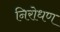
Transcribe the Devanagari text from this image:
निरोधण